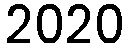
2020